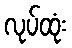
လုပ်ထုံး